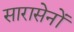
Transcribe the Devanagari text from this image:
सारासेनों